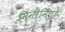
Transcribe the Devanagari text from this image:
मिनीमिटो